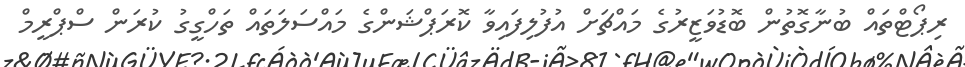
ރިޕޯޓްތައް ބުނާގޮތުން ބޮޑުވަޒީރުގެ މައްޗަށް އުފުލިފައިވާ ކޮރަޕްޝަންގެ މައްސަލަތައް ތަހްގީގު ކުރަން ސްޕްރީމް